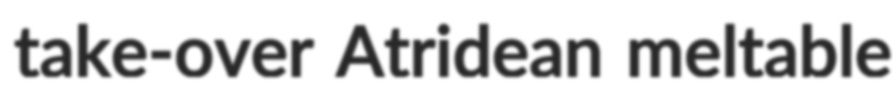
take-over Atridean meltable